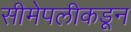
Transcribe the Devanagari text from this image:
सीमेपलीकडून